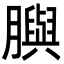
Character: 䑂